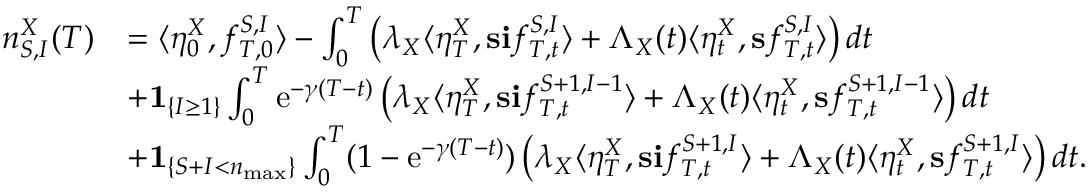
\begin{array} { r l } { n _ { S , I } ^ { X } ( T ) } & { = \langle \eta _ { 0 } ^ { X } , f _ { T , 0 } ^ { S , I } \rangle - \int _ { 0 } ^ { T } \left( \lambda _ { X } \langle \eta _ { T } ^ { X } , \mathbf { s } \mathbf { i } f _ { T , t } ^ { S , I } \rangle + \Lambda _ { X } ( t ) \langle \eta _ { t } ^ { X } , \mathbf { s } f _ { T , t } ^ { S , I } \rangle \right) d t } \\ & { + \mathbf { 1 } _ { \left\{ I \geq 1 \right\} } \int _ { 0 } ^ { T } \mathrm { e } ^ { - \gamma ( T - t ) } \left( \lambda _ { X } \langle \eta _ { T } ^ { X } , \mathbf { s } \mathbf { i } f _ { T , t } ^ { S + 1 , I - 1 } \rangle + \Lambda _ { X } ( t ) \langle \eta _ { t } ^ { X } , \mathbf { s } f _ { T , t } ^ { S + 1 , I - 1 } \rangle \right) d t } \\ & { + \mathbf { 1 } _ { \left\{ S + I < n _ { \operatorname* { m a x } } \right\} } \int _ { 0 } ^ { T } ( 1 - \mathrm { e } ^ { - \gamma ( T - t ) } ) \left( \lambda _ { X } \langle \eta _ { T } ^ { X } , \mathbf { s } \mathbf { i } f _ { T , t } ^ { S + 1 , I } \rangle + \Lambda _ { X } ( t ) \langle \eta _ { t } ^ { X } , \mathbf { s } f _ { T , t } ^ { S + 1 , I } \rangle \right) d t . } \end{array}